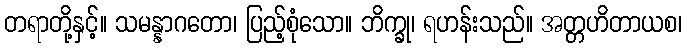
တရာတို့နှင့်။ သမန္နာဂတော၊ ပြည့်စုံသော။ ဘိက္ခု၊ ရဟန်းသည်။ အတ္တဟိတာယစ၊